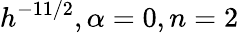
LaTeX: h^{-11/2},\alpha=0,n=2